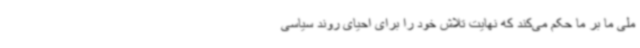
ملی ما بر ما حکم می‌کند که نهایت تلاش خود را برای احیای روند سیاسی